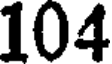
104